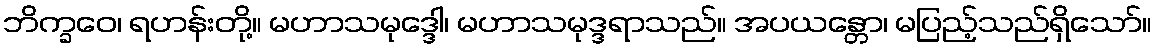
ဘိက္ခဝေ၊ ရဟန်းတို့။ မဟာသမုဒ္ဒေါ၊ မဟာသမုဒ္ဒရာသည်။ အပယန္တော၊ မပြည့်သည်ရှိသော်။